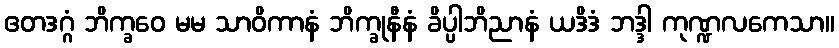
ဧတဒဂ္ဂံ ဘိက္ခဝေ မမ သာဝိကာနံ ဘိက္ခုနီနံ ခိပ္ပါဘိညာနံ ယဒိဒံ ဘဒ္ဒါ ကုဏ္ဍလကေသာ။